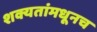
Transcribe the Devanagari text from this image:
शक्यतांमधूनच